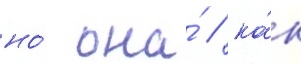
но́ она́ / ка́к